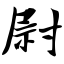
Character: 尉